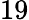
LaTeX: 19